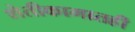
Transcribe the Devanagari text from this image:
शेतीकामातही